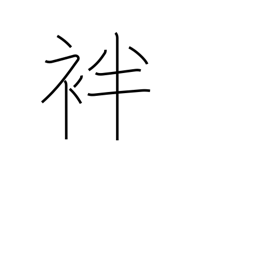
Meaning: summer kimono